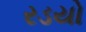
રડયો